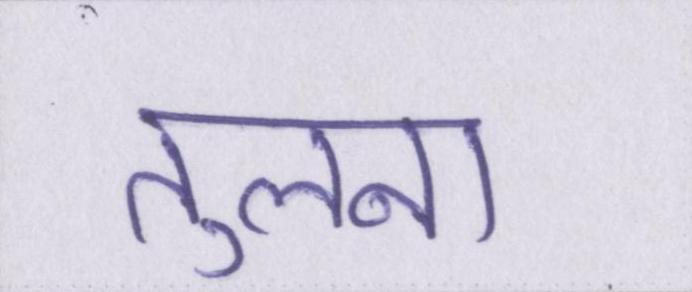
तुलना